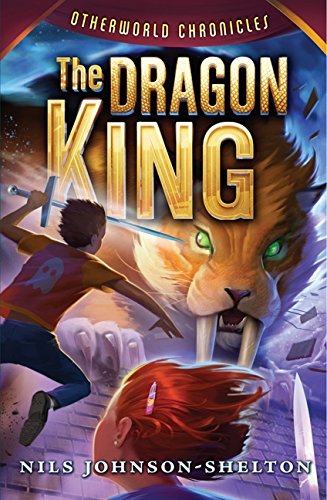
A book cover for Otherworld Chronicles #3: The Dragon King; Nils Johnson-Shelton; Children's Books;